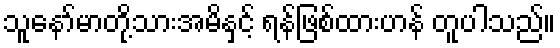
သူနော်မာတို့သားအမိနှင့် ရန်ဖြစ်ထားဟန် တူပါသည်။